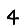
Digit: 4